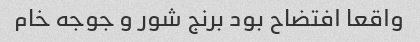
واقعا افتضاح بود برنج شور و جوجه خام